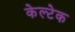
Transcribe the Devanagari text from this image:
केल्टेक